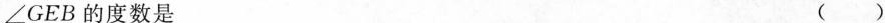
∠GEB的度数是 ( )